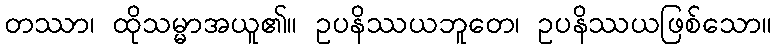
တဿာ၊ ထိုသမ္မာအယူ၏။ ဥပနိဿယဘူတေ၊ ဥပနိဿယဖြစ်သော။